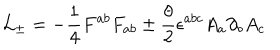
{ \cal L } _ { \pm } = - { \frac { 1 } { 4 } } { F ^ { a b } F _ { a b } } \pm { \frac { { \theta } } { 2 } } { \epsilon } ^ { a b c } A _ { a } { \partial } _ { b } A _ { c }